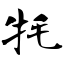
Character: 牦